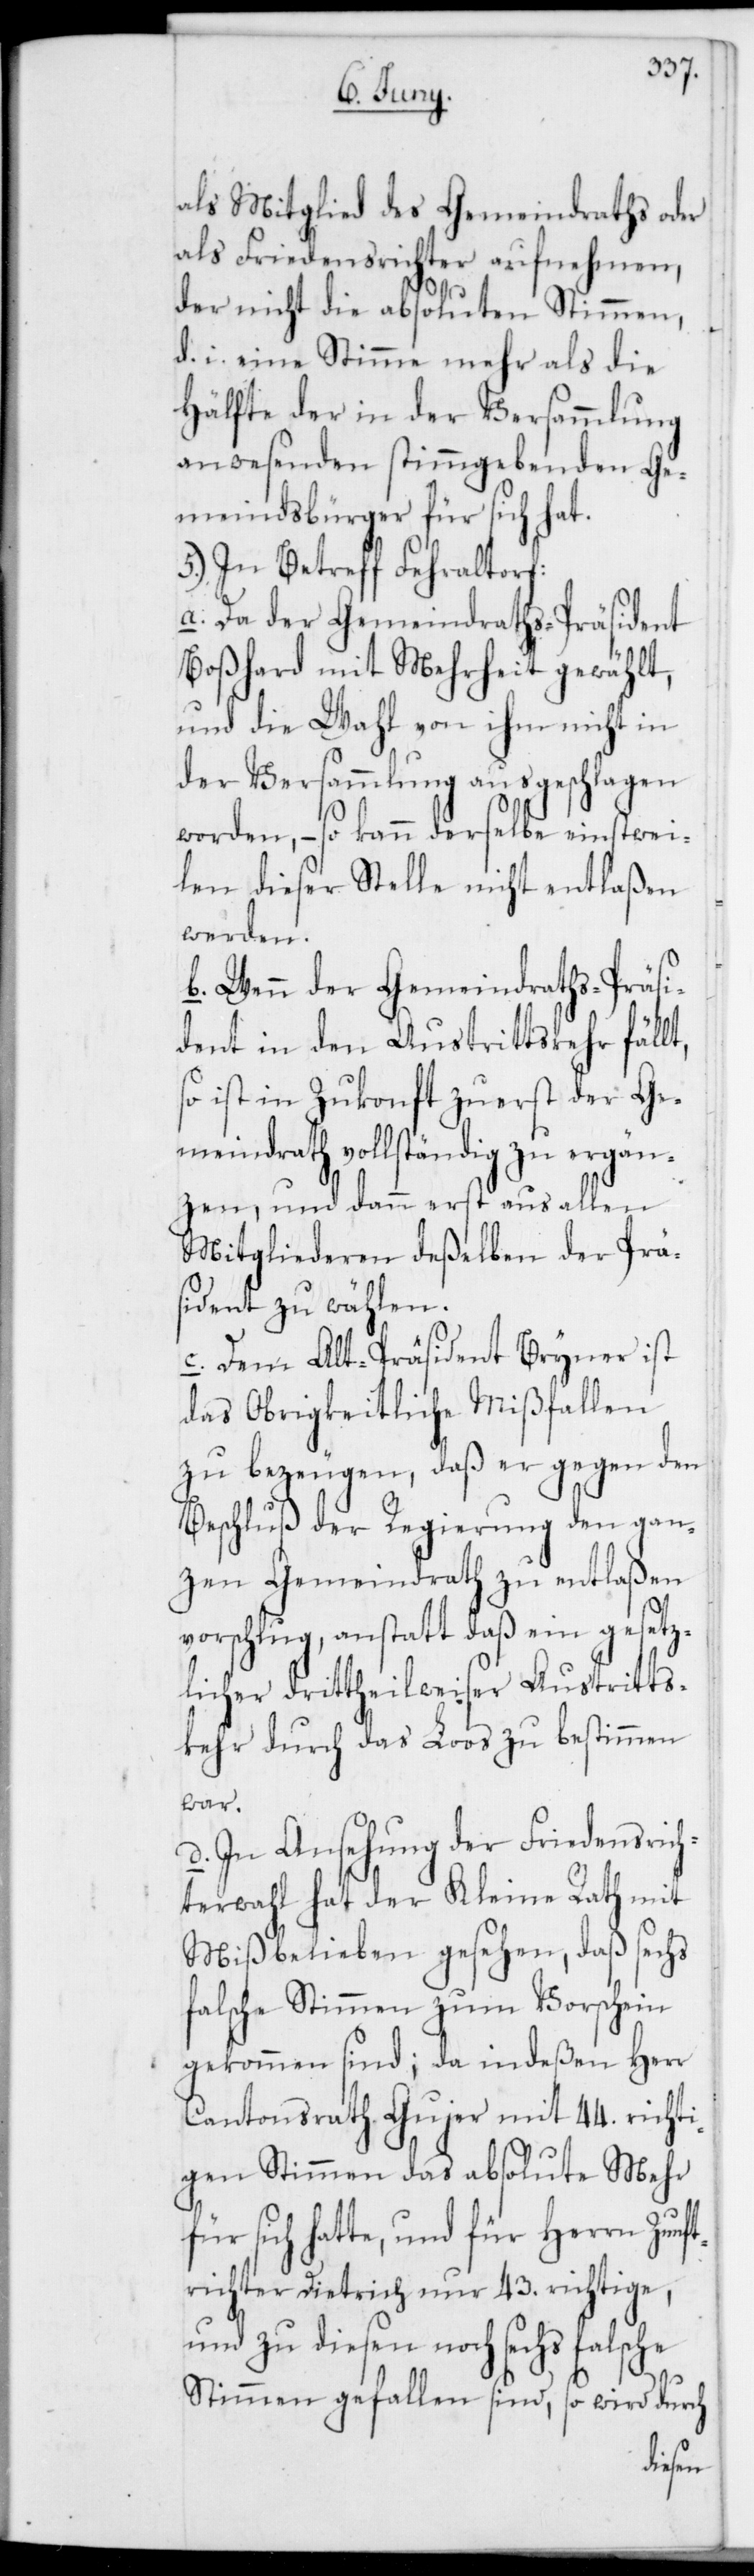
als Mitglied des Gemeindraths oder
als Friedensrichter aufnehmen,
der nicht die absoluten Stimmen,
d. i. eine Stimme mehr als die
Hälfte der in der Versammlung
anwesenden stimmgebenden Ge¬
meindsbürger für sich hat.
5.) In Betreff Fehraltorf:
a. Da der Gemeindraths-Präsident
Boßhard mit Mehrheit gewählt,
und die Wahl von ihm nicht in
der Versammlung ausgeschlagen
worden, – so kann derselbe einstwei¬
len dieser Stelle nicht entlaßen
werden.
b. Wenn der Gemeindraths-Präsi¬
dent in den Austrittskehr fällt,
so ist in Zukonft zuerst der Ge¬
meindrath vollständig zu ergän¬
zen, und dann erst aus allen
Mitgliederen deßelben der Prä¬
sident zu wählen.
c. Dem Alt-Präsident Bryner ist
das Obrigkeitliche Mißfallen
zu bezeugen, daß er gegen den
Beschluß der Regierung den gan¬
zen Gemeindrath zu entlaßen
vorschlug, anstatt daß ein gesetz¬
licher drittheilweiser Austritts¬
kehr durch das Loos zu bestimmen
war.
d. In Ansehung der Friedensrich¬
terwahl hat der Kleine Rath mit
Mißbelieben gesehen, daß sechs
falsche Stimmen zum Vorschein
gekommen sind; da indeßen Herr
Cantonsrath Gujer mit 44. richti¬
gen Stimmen das absolute Mehr
für sich hatte, und für Herrn Zunf¬
trichter Dietrich nur 43. richtige,
und zu diesen noch sechs falsche
Stimmen gefallen sind, so wird durch